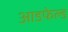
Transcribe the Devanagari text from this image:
आडफेल्ड